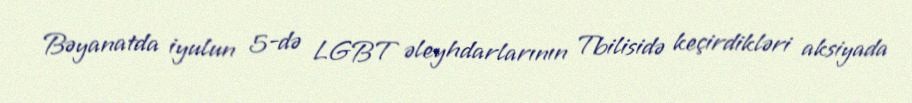
Bəyanatda iyulun 5-də LGBT əleyhdarlarının Tbilisidə keçirdikləri aksiyada